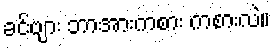
ခင်ဗျား ဘာအားကစား ကစားလဲ။